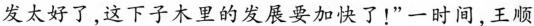
发太好了,这下子木里的发展要加快了!”一时间，王顺